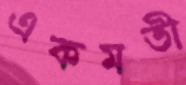
একমতী